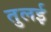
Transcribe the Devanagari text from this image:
तुलई